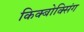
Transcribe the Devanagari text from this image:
किक्बोक्सिंग